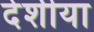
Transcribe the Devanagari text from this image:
देशीया